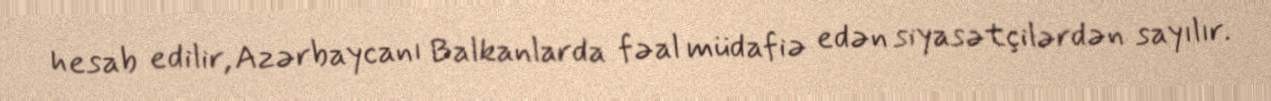
hesab edilir, Azərbaycanı Balkanlarda fəal müdafiə edən siyasətçilərdən sayılır.